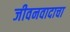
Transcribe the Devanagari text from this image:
जीवनवादाचा